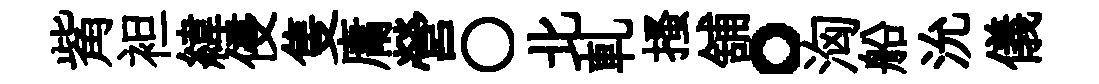
觜袒緯侵隻庸營〇北軋搔舖。洶船沇儀